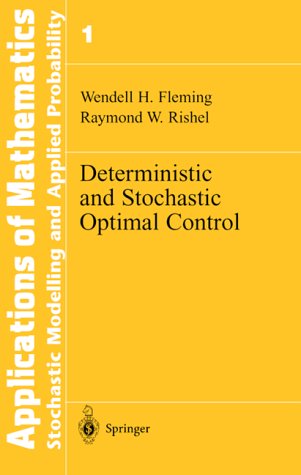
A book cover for Deterministic and Stochastic Optimal Control (Stochastic Modelling and Applied Probability) (v. 1); Wendell H. Fleming; Science & Math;